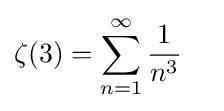
{\begin{aligned}\zeta (3)&=\sum _{n=1}^{\infty }{\frac {1}{n^{3}}}\end{aligned}}